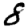
Digit: 8